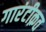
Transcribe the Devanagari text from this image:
गारंटीक़त